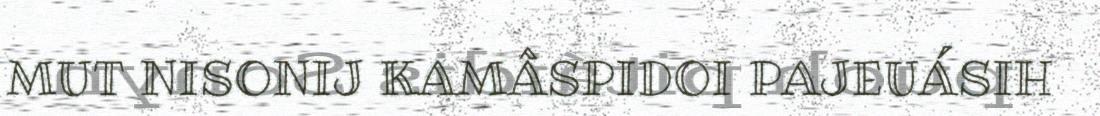
MUT NISONIJ KAMÂSPIDOI PAJEUÁSIH